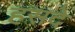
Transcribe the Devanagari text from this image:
हसदे